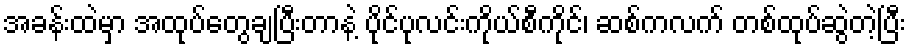
အခန်းထဲမှာ အထုပ်တွေချပြီးတာနဲ့ ပိုင်ပုလင်းကိုယ်စီကိုင်၊ ဆစ်ကလက် တစ်ထုပ်ဆွဲတဲ့ပြီး